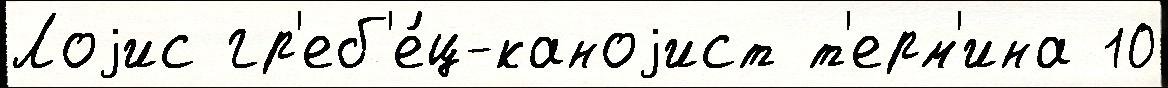
Лоjис гр'еб'е́ц-каноjист т'ерм'ина 10